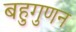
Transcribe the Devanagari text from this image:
बहुगुणन